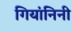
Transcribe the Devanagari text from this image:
गियांनिनी